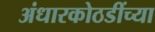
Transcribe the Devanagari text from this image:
अंधारकोठडींच्या